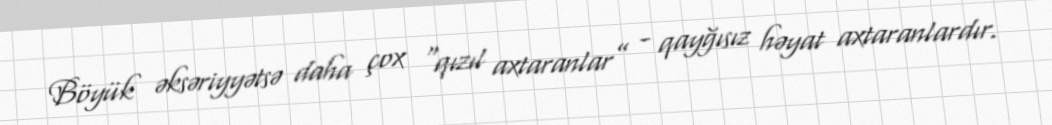
Böyük əksəriyyətsə daha çox “qızıl axtaranlar” - qayğısız həyat axtaranlardır.